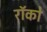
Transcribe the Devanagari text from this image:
रॉको